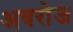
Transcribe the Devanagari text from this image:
अवरोज